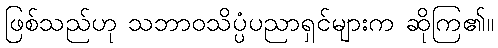
ဖြစ်သည်ဟု သဘာဝသိပ္ပံပညာရှင်များက ဆိုကြ၏။